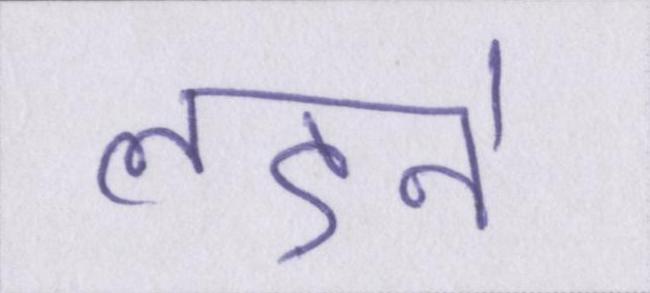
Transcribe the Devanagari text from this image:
लड़ने